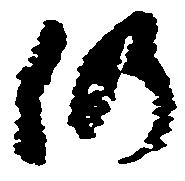
仍